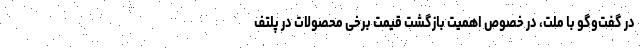
در گفت‌وگو با ملت، در خصوص اهمیت بازگشت قیمت برخی محصولات در پلتف